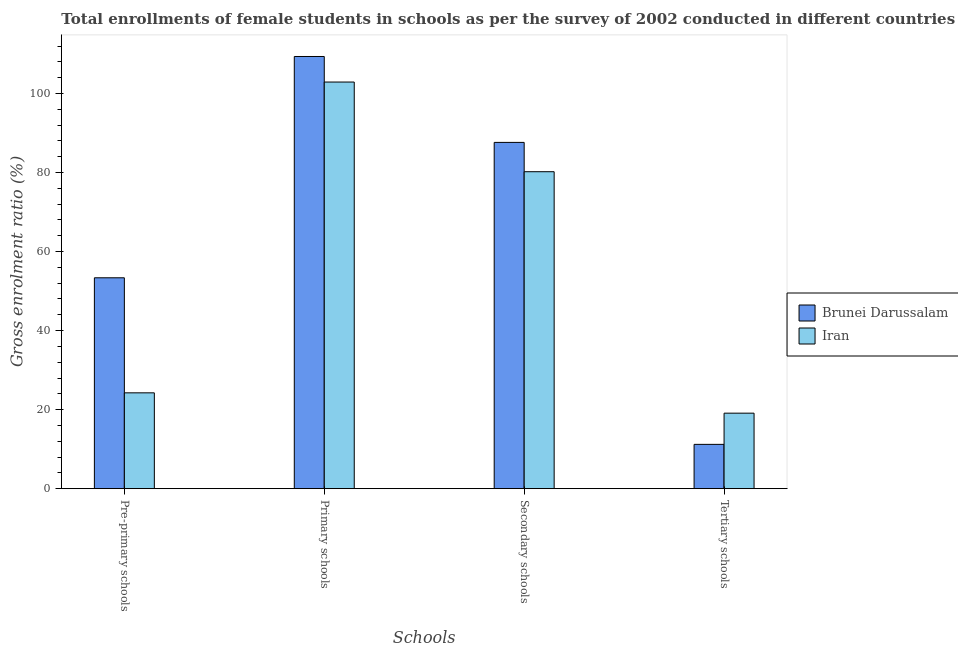
| Schools | Brunei Darussalam | Iran |
 | --- | --- | --- |
 | Pre-primary schools | 53.4 | 24.3 |
 | Primary schools | 109 | 103 |
 | Secondary schools | 87.6 | 80.2 |
 | Tertiary schools | 11.2 | 19.1 |